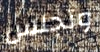
وتجلس